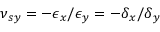
\nu { _ { s y } } = - \epsilon { _ x } / \epsilon { _ y } = - \delta { _ x } / \delta { _ y }